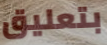
بتعليق